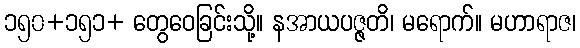
၁၅၀+၁၅၁+ တွေဝေခြင်းသို့။ နအာယပဇ္ဇတိ၊ မရောက်။ မဟာရာဇ၊